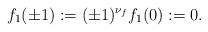
LaTeX: \begin{align*}f_1( \pm 1) := (\pm 1)^{\nu_f} f_1(0) := 0.\end{align*}